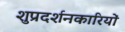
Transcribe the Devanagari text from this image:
शुप्रदर्शनकारियों